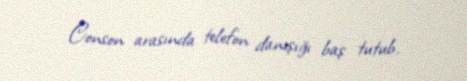
Conson arasında telefon danışığı baş tutub.